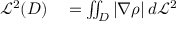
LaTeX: \begin{array} { r l } { { \mathcal { L } } ^ { 2 } ( D ) } & { { } = \iint _ { D } | \nabla \rho | \, d { \mathcal { L } } ^ { 2 } } \end{array}